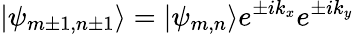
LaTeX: |\psi_{m\pm 1,n\pm 1}\rangle=|\psi_{m,n}\rangle e^{\pm ik_{x}}e^{\pm ik_{y}}